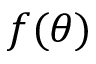
f ( \theta )